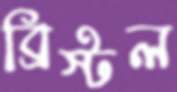
ব্রিস্টল